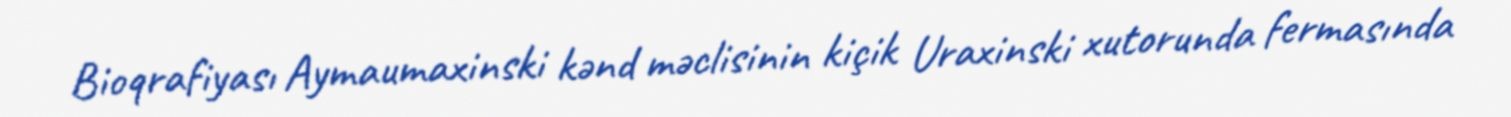
Bioqrafiyası Aymaumaxinski kənd məclisinin kiçik Uraxinski xutorunda fermasında